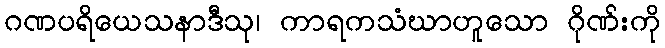
ဂဏပရိယေသနာဒီသု၊ ကာရကသံဃာဟူသော ဂိုဏ်းကို